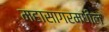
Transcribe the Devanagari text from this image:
महासागरमधील